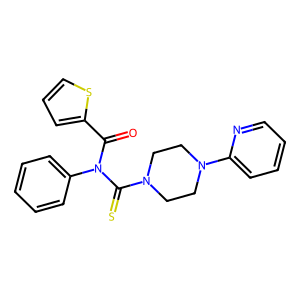
SMILES: O=C(c1cccs1)N(C(=S)N1CCN(c2ccccn2)CC1)c1ccccc1
Inhibits HIV replication: No